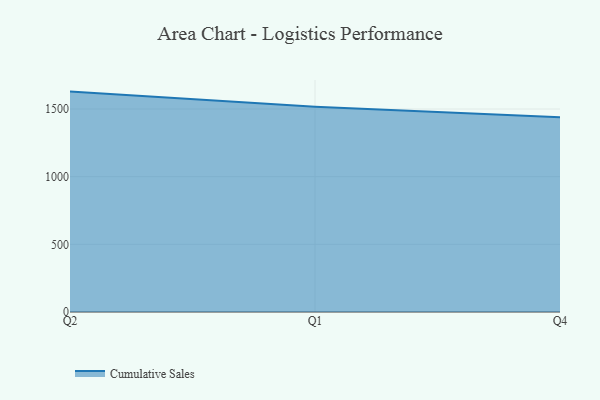
{"axis": {"x": "Quarter", "y": "Net Income (USD K)"}, "legend": ["Cumulative Sales"], "data": [{"x": "Q2", "y": 1628.6, "type": "Cumulative Sales"}, {"x": "Q1", "y": 1515.9, "type": "Cumulative Sales"}, {"x": "Q4", "y": 1438.6, "type": "Cumulative Sales"}]}